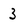
Character: 3